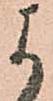
よ